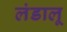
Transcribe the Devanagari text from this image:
लंडालू